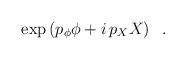
LaTeX: \begin{align*}\exp\left( p_{\phi} \phi + i\, p_{X} X \right) \;\; .\end{align*}